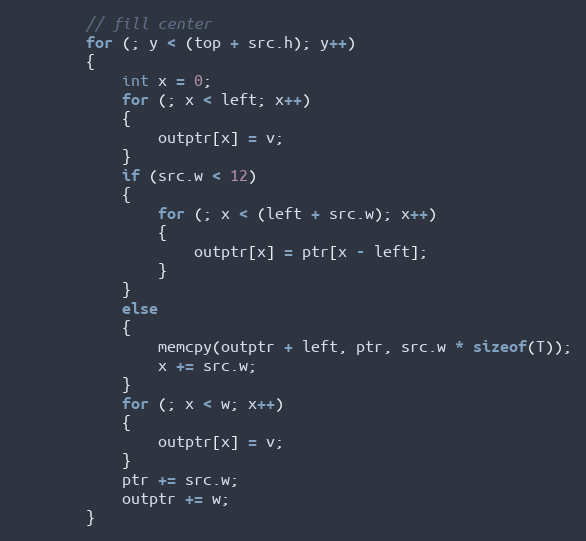
Language: C++
        // fill center
        for (; y < (top + src.h); y++)
        {
            int x = 0;
            for (; x < left; x++)
            {
                outptr[x] = v;
            }
            if (src.w < 12)
            {
                for (; x < (left + src.w); x++)
                {
                    outptr[x] = ptr[x - left];
                }
            }
            else
            {
                memcpy(outptr + left, ptr, src.w * sizeof(T));
                x += src.w;
            }
            for (; x < w; x++)
            {
                outptr[x] = v;
            }
            ptr += src.w;
            outptr += w;
        }